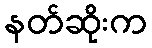
နတ်ဆိုးက